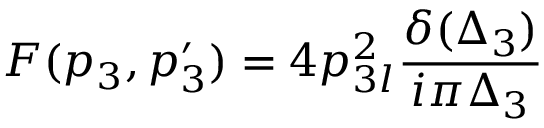
F ( p _ { 3 } , p _ { 3 } ^ { \prime } ) = 4 p _ { 3 l } ^ { 2 } \frac { \delta ( \Delta _ { 3 } ) } { i \pi \Delta _ { 3 } }